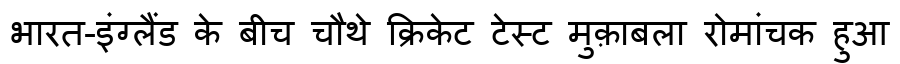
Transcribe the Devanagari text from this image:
भारत-इंग्लैंड के बीच चौथे क्रिकेट टेस्ट मुक़ाबला रोमांचक हुआ